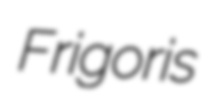
Frigoris